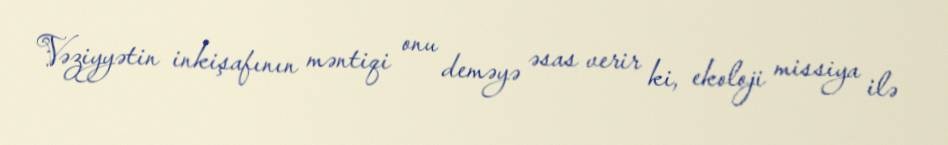
Vəziyyətin inkişafının məntiqi onu deməyə əsas verir ki, ekoloji missiya ilə